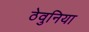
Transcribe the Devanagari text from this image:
ठेवुनिया